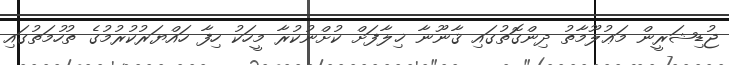
ޖުޑިޝަރީން މަޢުލޫމާތު ދިންގޮތުގައި ޤާނޫނާ ޚިލާފަށް ކުށްނުކުރާ މީހަކު ހިފާ ހައްޔަރުކުރުމުގެ ތުހުމަތުގައި